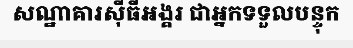
សណ្ឋាគារស៊ីធីអង្គរ ជាអ្នកទទួលបន្ទុក